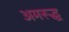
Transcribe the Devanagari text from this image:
अमरूद्ध